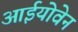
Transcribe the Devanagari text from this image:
आईयोवेन